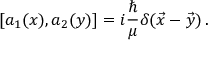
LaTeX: [ a _ { 1 } ( x ) , a _ { 2 } ( y ) ] = i { \frac { \hbar } { \mu } } \delta ( \vec { x } - \vec { y } ) \, .